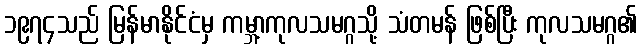
၁၉၇၄သည် မြန်မာနိုင်ငံမှ ကမ္ဘာ့ကုလသမဂ္ဂသို့ သံတမန် ဖြစ်ပြီး ကုလသမဂ္ဂ၏